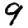
Digit: 9